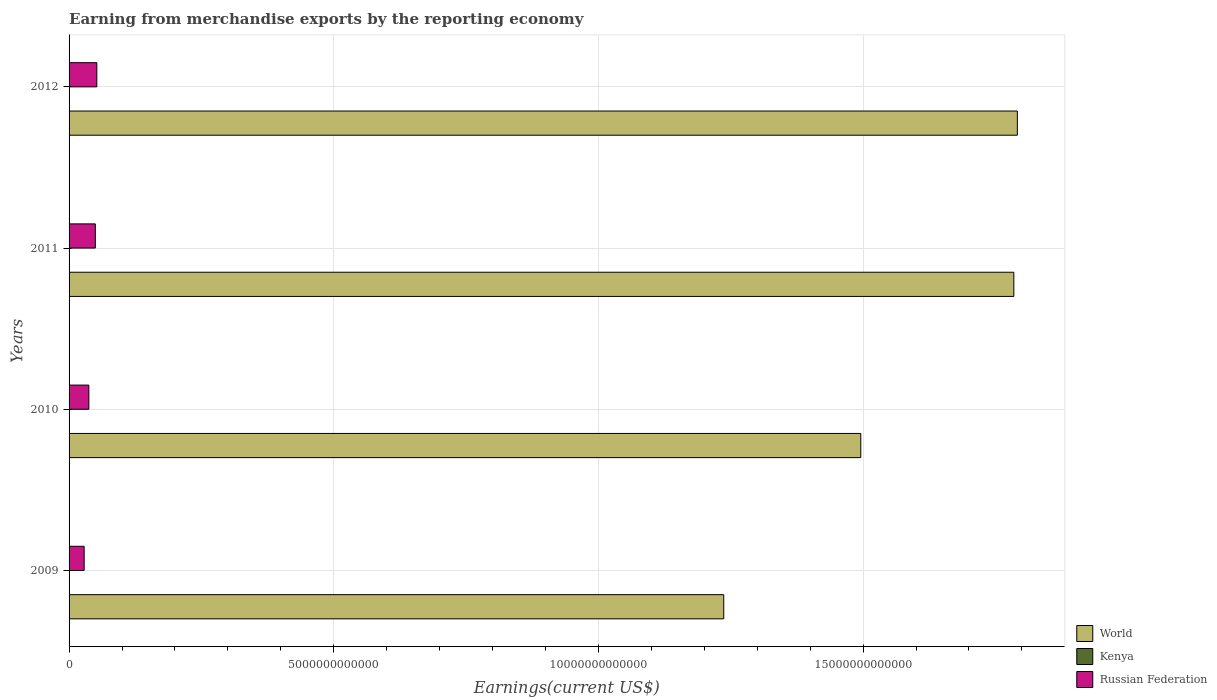
| Years | World | Kenya | Russian Federation |
 | --- | --- | --- | --- |
 | 2009 | 1.24e+13 | 4.32e+09 | 2.85e+11 |
 | 2010 | 1.5e+13 | 4.96e+09 | 3.74e+11 |
 | 2011 | 1.78e+13 | 5.67e+09 | 4.96e+11 |
 | 2012 | 1.79e+13 | 5.79e+09 | 5.24e+11 |